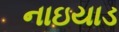
નાઇયાડ